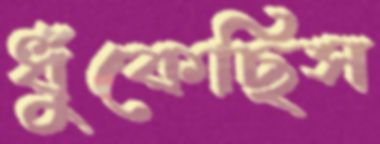
ধুঁকেছিস